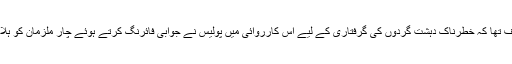
ٹیم کا موقف تھا کہ خطرناک دہشت گردوں کی گرفتاری کے لیے اس کارروائی میں‌ پولیس نے جوابی فائرنگ کرتے ہوئے چار ملزمان کو ہلاک کیا تھا۔